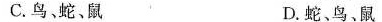
C.鸟、蛇、鼠 D.蛇、鸟、鼠